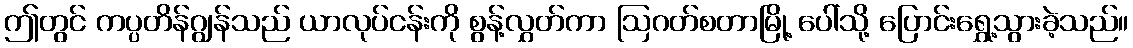
ဤတွင် ကပ္ပတိန်ဂျွန်သည် ယာလုပ်ငန်းကို စွန့်လွှတ်ကာ ဩဂတ်စတာမြို့ ပေါ်သို့ ပြောင်းရွှေ့သွားခဲ့သည်။